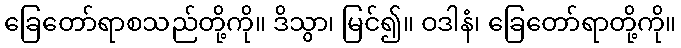
ခြေတော်ရာစသည်တို့ကို။ ဒိသွာ၊ မြင်၍။ ဝဒါနံ၊ ခြေတော်ရာတို့ကို။